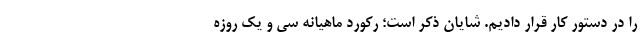
را در دستور کار قرار دادیم. شایان ذکر است؛ رکورد ماهیانه سی و یک روزه